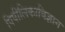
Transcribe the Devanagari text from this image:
पिपीलिकाविज्ञान